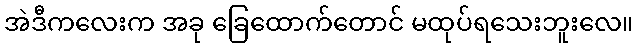
အဲဒီကလေးက အခု ခြေထောက်တောင် မထုပ်ရသေးဘူးလေ။